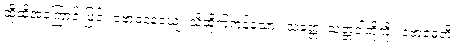
ထိုထိုအကြောင်းဖြင့်။ ဗောဓနေယျေ၊ သိထိုက်ကုန်သော။ သတ္တေ၊ သတ္တဝါတို့ကို။ ဗောဓေတိ၊